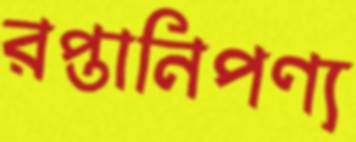
রপ্তানিপণ্য